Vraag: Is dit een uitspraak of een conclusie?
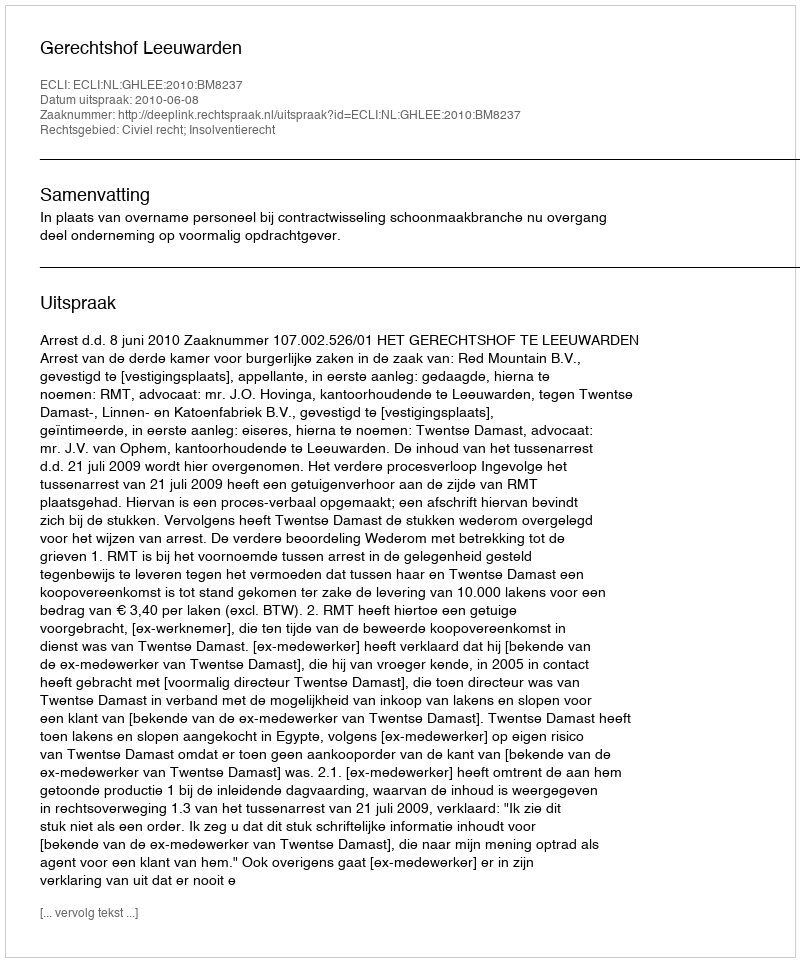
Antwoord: Uitspraak